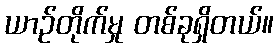
ယာဉ်တိုက်မှု တစ်ခုရှိတယ်။